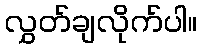
လွှတ်ချလိုက်ပါ။